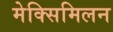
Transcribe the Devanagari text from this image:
मेक्सिमिलन